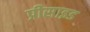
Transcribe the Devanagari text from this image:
प्रीसाइड